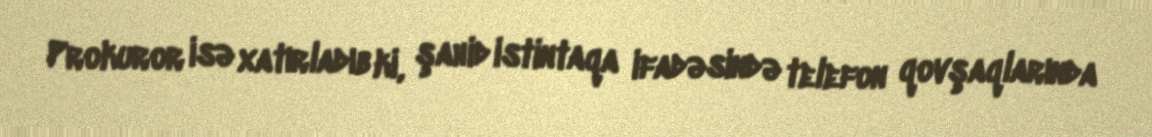
Prokuror isə xatırladıb ki, şahid istintaqa ifadəsində telefon qovşaqlarında